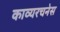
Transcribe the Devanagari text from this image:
काव्यरचनेस